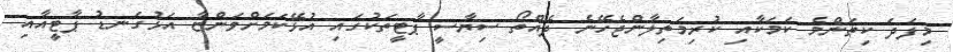
މިފަދަ ކިތަންމެ ކަމަކާއި ކުރިމަތިލާންޖެހޭނެ ދެއްތޯ ސިޔާސީ ޕާޓީތަކުގައި އުޅޭކަމަށްވަންޏާ އަޅުގަނޑު ޕާޓީއާއި